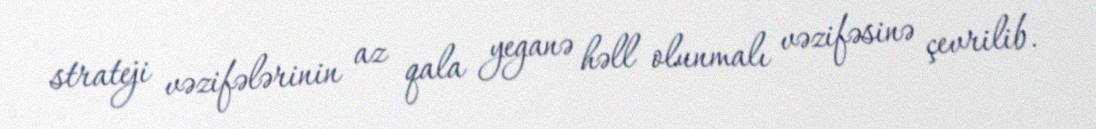
strateji vəzifələrinin az qala yeganə həll olunmalı vəzifəsinə çevrilib.